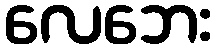
လေဘေး